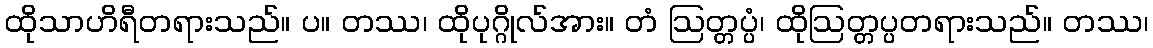
ထိုသာဟိရီတရားသည်။ ပ။ တဿ၊ ထိုပုဂ္ဂိုလ်အား။ တံ ဩတ္တပ္ပံ၊ ထိုဩတ္တပ္ပတရားသည်။ တဿ၊